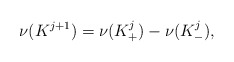
\begin{align*}\nu({K^{j+1}}) =\nu({K^j_+}) - \nu({K^j_-}),\end{align*}